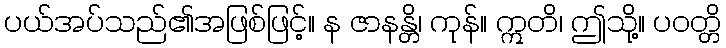
ပယ်အပ်သည်၏အဖြစ်ဖြင့်။ န ဇာနန္တိ၊ ကုန်။ ဣတိ၊ ဤသို့။ ပဝတ္တိ